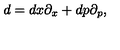
d = d x \partial _ { x } + d p \partial _ { p } ,